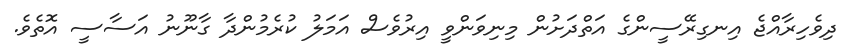
ދިވެހިރާއްޖެ އިނގިރޭސީންގެ އަތްދަށުން މިނިވަންވީ އިރުވެސް އަމަލު ކުރެމުންދާ ގާނޫނު އަސާސީ އޮތެވެ.